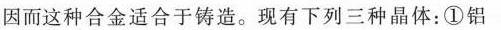
因而这种合金适合于铸造。现有下列三种晶体：①铝